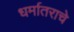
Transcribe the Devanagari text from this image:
धर्मातराचे